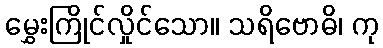
မွှေးကြိုင်လှိုင်သော။ သရိဗောဓိ၊ ကု